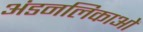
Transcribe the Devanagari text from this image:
अंडनलिकाओं